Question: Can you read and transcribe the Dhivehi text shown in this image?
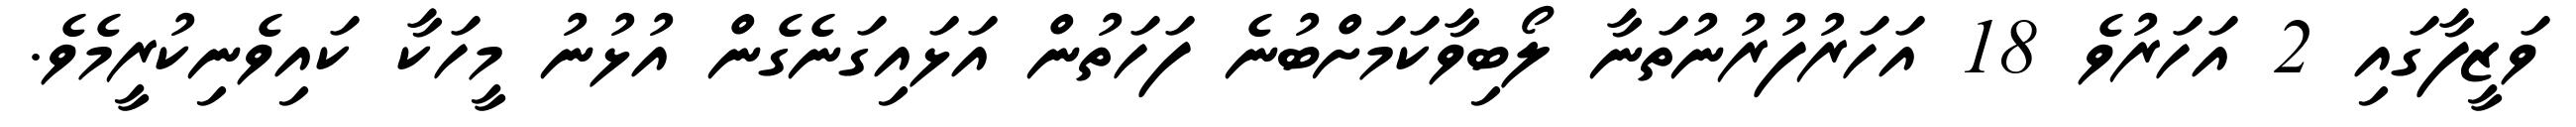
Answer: ވަޒީފާގައި 2 އަހަރުވެ 18 އަހަރުފުރުނުތަނާ ލޯބިވާކަމަށްބުނެ ފަހަތުން އަޅައިގަނެގެން އުޅުނު މީހަކާ ކައިވެނިކުރީމެވެ.